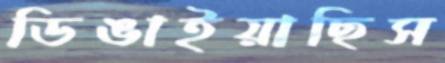
ডিঙাইয়াছিস